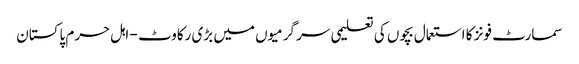
سمارٹ فونز کا استعمال بچوں کی تعلیمی سر گرمیوں میں بڑی رکاوٹ - اہل حرم پاکستان